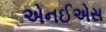
એનઈએસ